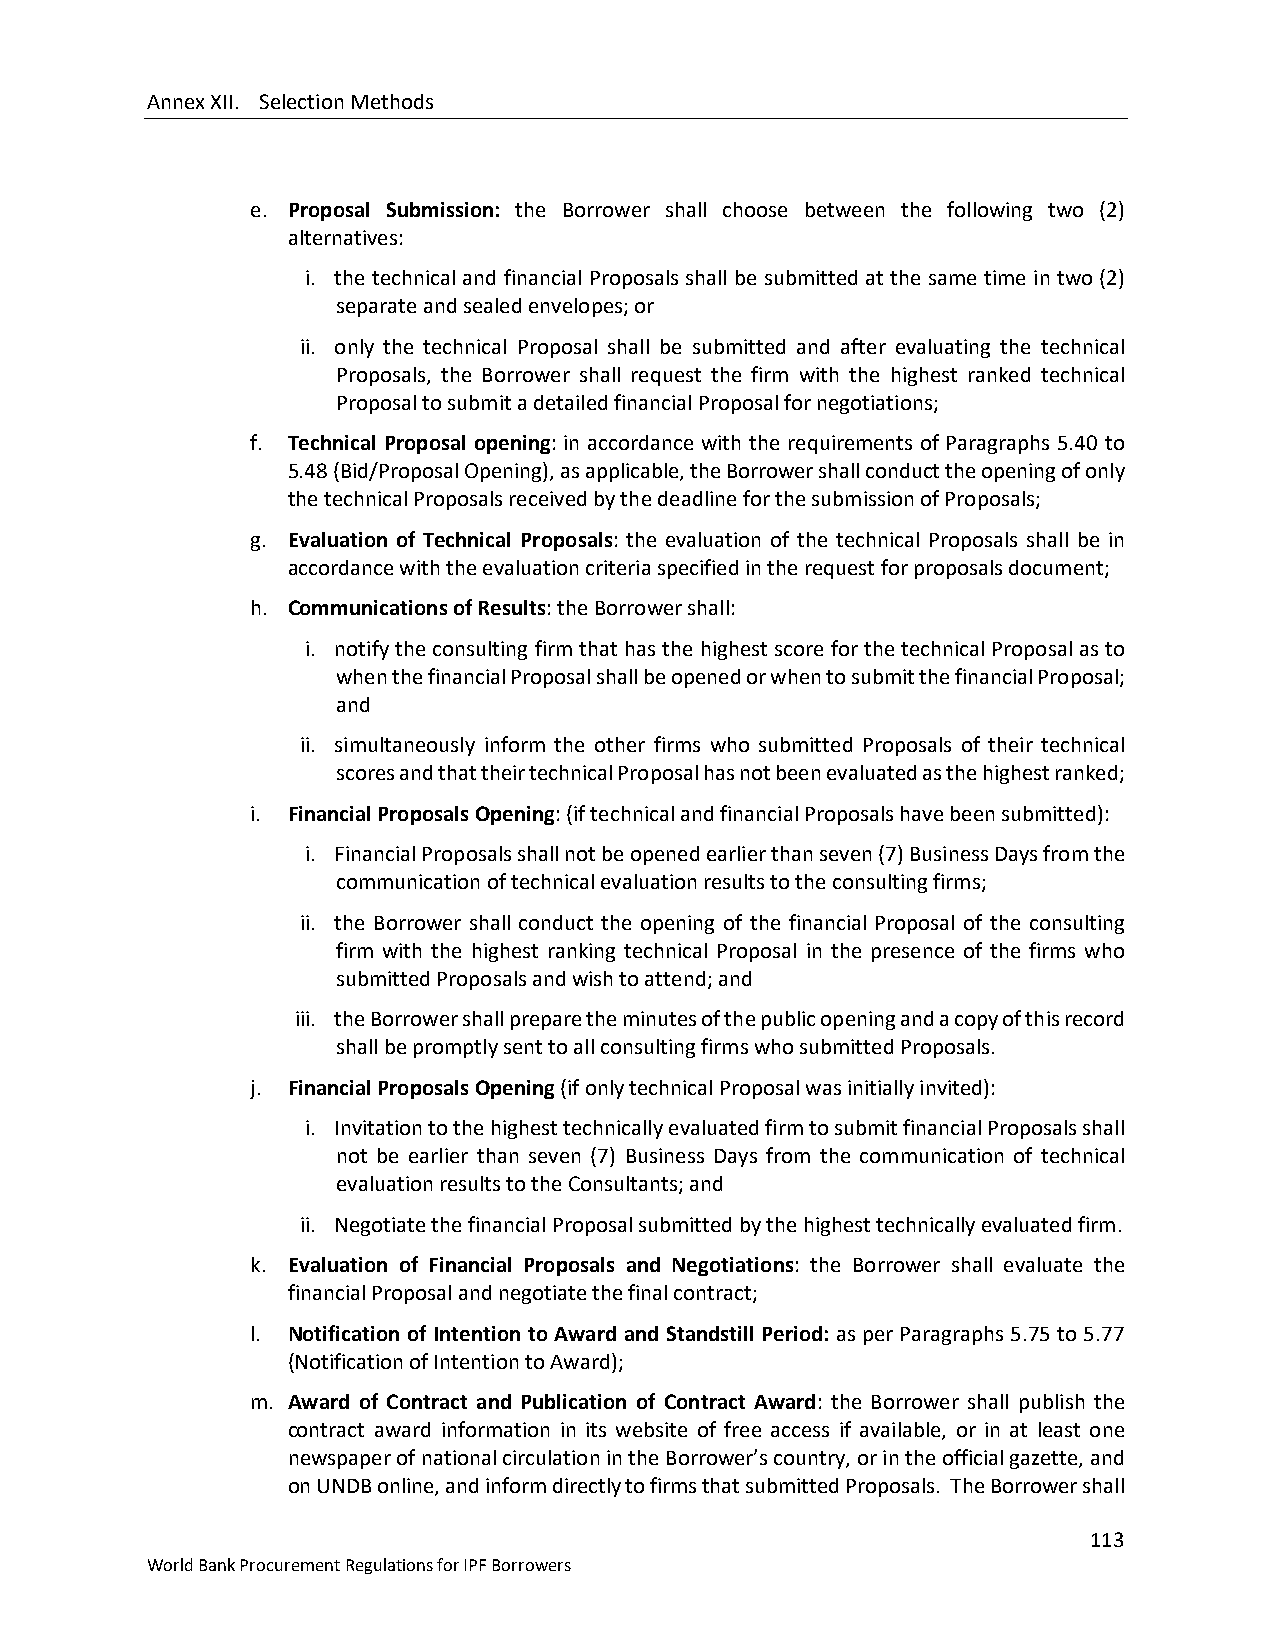
Annex XII. Selection Methods
 e. Proposal Submission: the Borrower shall choose between the following two (2)
 alternatives:
 i. the technical and financial Proposals shall be submitted at the same time in two (2)
 separate and sealed envelopes; or
 ii. only the technical Proposal shall be submitted and after evaluating the technical
 Proposals, the Borrower shall request the firm with the highest ranked technical
 Proposal to submit a detailed financial Proposal for negotiations;
 f. Technical Proposal opening: in accordance with the requirements of Paragraphs 5.40 to
 5.48 (Bid/Proposal Opening), as applicable, the Borrower shall conduct the opening of only
 the technical Proposals received by the deadline for the submission of Proposals;
 g. Evaluation of Technical Proposals: the evaluation of the technical Proposals shall be in
 accordance with the evaluation criteria specified in the request for proposals document;
 h. Communications of Results: the Borrower shall:
 i. notify the consulting firm that has the highest score for the technical Proposal as to
 when the financial Proposal shall be opened or when to submit the financial Proposal;
 and
 ii. simultaneously inform the other firms who submitted Proposals of their technical
 scores and that their technical Proposal has not been evaluated as the highest ranked;
 i. Financial Proposals Opening: (if technical and financial Proposals have been submitted):
 i. Financial Proposals shall not be opened earlier than seven (7) Business Days from the
 communication of technical evaluation results to the consulting firms;
 ii. the Borrower shall conduct the opening of the financial Proposal of the consulting
 firm with the highest ranking technical Proposal in the presence of the firms who
 submitted Proposals and wish to attend; and
 iii. the Borrower shall prepare the minutes of the public opening and a copy of this record
 shall be promptly sent to all consulting firms who submitted Proposals.
 j. Financial Proposals Opening (if only technical Proposal was initially invited):
 i. Invitation to the highest technically evaluated firm to submit financial Proposals shall
 not be earlier than seven (7) Business Days from the communication of technical
 evaluation results to the Consultants; and
 ii. Negotiate the financial Proposal submitted by the highest technically evaluated firm.
 k. Evaluation of Financial Proposals and Negotiations: the Borrower shall evaluate the
 financial Proposal and negotiate the final contract;
 l. Notification of Intention to Award and Standstill Period: as per Paragraphs 5.75 to 5.77
 (Notification of Intention to Award);
 m. Award of Contract and Publication of Contract Award: the Borrower shall publish the
 contract award information in its website of free access if available, or in at least one
 newspaper of national circulation in the Borrower’s country, or in the official gazette, and
 on UNDB online, and inform directly to firms that submitted Proposals. The Borrower shall
 113
 World Bank Procurement Regulations for IPF Borrowers